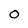
Character: O